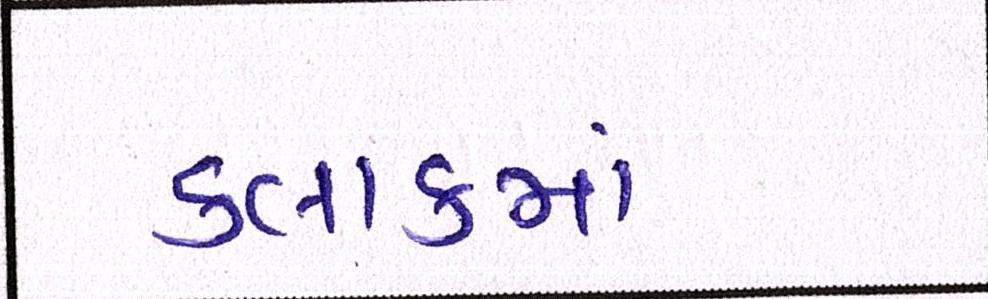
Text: કલાકમાં